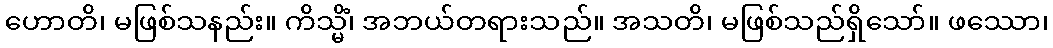
ဟောတိ၊ မဖြစ်သနည်း။ ကိသ္မိံ၊ အဘယ်တရားသည်။ အသတိ၊ မဖြစ်သည်ရှိသော်။ ဖဿော၊